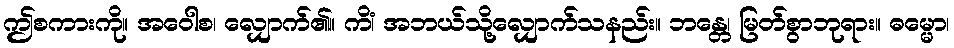
ဤစကားကို။ အဝေါစ၊ လျှောက်၏။ ကိံ၊ အဘယ်သို့လျှောက်သနည်း။ ဘန္တေ၊ မြတ်စွာဘုရား။ ဓမ္မော၊